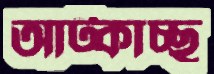
আট্‌কাচ্ছ